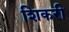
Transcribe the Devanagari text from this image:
शिकरी